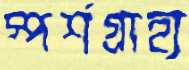
স্পর্শগ্রাহ্য